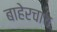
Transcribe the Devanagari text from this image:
बाहेरचाच